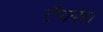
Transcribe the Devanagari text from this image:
टैक्स।